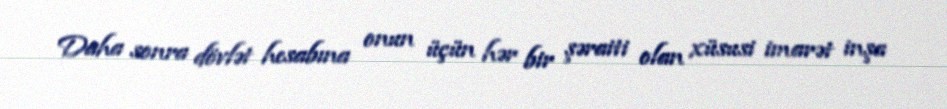
Daha sonra dövlət hesabına onun üçün hər bir şəraiti olan xüsusi imarət inşa